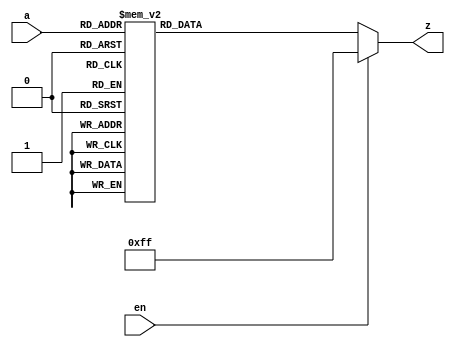


// Behavioral modelling of a 3-8 decoder (active low enable & active low output)

module decoder_3_8_B (
	input [2:0] a, 
	input en,
	output reg [7:0] z
	);
	
	always@(a, en)
	begin
		if (~en)
			case(a)
				0: z = ~1;
				1: z = ~2;
				2: z = ~4;
				3: z = ~8;
				4: z = ~16;
				5: z = ~32;
				6: z = ~64;
				7: z = ~128;
				default: z = ~0;
			endcase
		else
			z = ~0;
	end
	
endmodule